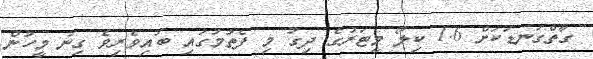
ގާތްގަނޑަކަށް 1.6 ކިލޯ މީޓަރުގެ ދިގު މި ފެތުމުގައި ބައިވެރިވެ ގިނަ މީހުން